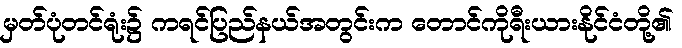
မှတ်ပုံတင်ရုံး၌ ကရင်ပြည်နယ်အတွင်းက တောင်ကိုရီးယားနိုင်ငံတို့၏